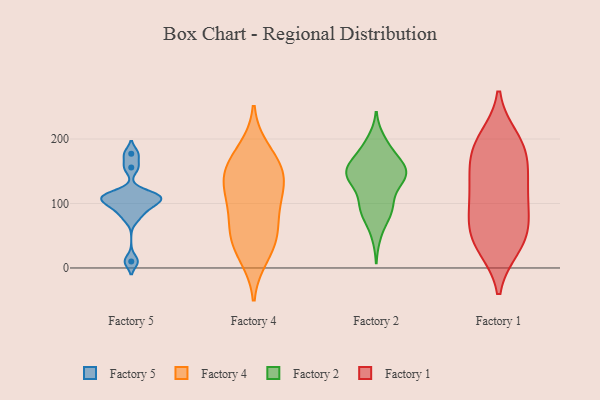
{"axis": {"x": "Population (Million)", "y": "Value"}, "legend": ["Factory 1", "Factory 2", "Factory 4", "Factory 5"], "data": [{"x": "", "y": 93, "type": "Factory 5"}, {"x": "", "y": 10, "type": "Factory 5"}, {"x": "", "y": 98, "type": "Factory 5"}, {"x": "", "y": 112, "type": "Factory 5"}, {"x": "", "y": 177, "type": "Factory 5"}, {"x": "", "y": 105, "type": "Factory 5"}, {"x": "", "y": 113, "type": "Factory 5"}, {"x": "", "y": 78, "type": "Factory 5"}, {"x": "", "y": 113, "type": "Factory 5"}, {"x": "", "y": 156, "type": "Factory 5"}, {"x": "", "y": 45, "type": "Factory 4"}, {"x": "", "y": 153, "type": "Factory 4"}, {"x": "", "y": 100, "type": "Factory 4"}, {"x": "", "y": 58, "type": "Factory 4"}, {"x": "", "y": 88, "type": "Factory 4"}, {"x": "", "y": 40, "type": "Factory 4"}, {"x": "", "y": 182, "type": "Factory 4"}, {"x": "", "y": 132, "type": "Factory 4"}, {"x": "", "y": 144, "type": "Factory 4"}, {"x": "", "y": 19, "type": "Factory 4"}, {"x": "", "y": 162, "type": "Factory 4"}, {"x": "", "y": 124, "type": "Factory 4"}, {"x": "", "y": 149, "type": "Factory 2"}, {"x": "", "y": 197, "type": "Factory 2"}, {"x": "", "y": 142, "type": "Factory 2"}, {"x": "", "y": 160, "type": "Factory 2"}, {"x": "", "y": 187, "type": "Factory 2"}, {"x": "", "y": 89, "type": "Factory 2"}, {"x": "", "y": 149, "type": "Factory 2"}, {"x": "", "y": 132, "type": "Factory 2"}, {"x": "", "y": 96, "type": "Factory 2"}, {"x": "", "y": 147, "type": "Factory 2"}, {"x": "", "y": 85, "type": "Factory 2"}, {"x": "", "y": 158, "type": "Factory 2"}, {"x": "", "y": 93, "type": "Factory 2"}, {"x": "", "y": 142, "type": "Factory 2"}, {"x": "", "y": 132, "type": "Factory 2"}, {"x": "", "y": 93, "type": "Factory 2"}, {"x": "", "y": 185, "type": "Factory 2"}, {"x": "", "y": 52, "type": "Factory 2"}, {"x": "", "y": 144, "type": "Factory 2"}, {"x": "", "y": 160, "type": "Factory 2"}, {"x": "", "y": 38, "type": "Factory 1"}, {"x": "", "y": 90, "type": "Factory 1"}, {"x": "", "y": 200, "type": "Factory 1"}, {"x": "", "y": 90, "type": "Factory 1"}, {"x": "", "y": 192, "type": "Factory 1"}, {"x": "", "y": 130, "type": "Factory 1"}, {"x": "", "y": 55, "type": "Factory 1"}, {"x": "", "y": 71, "type": "Factory 1"}, {"x": "", "y": 187, "type": "Factory 1"}, {"x": "", "y": 129, "type": "Factory 1"}, {"x": "", "y": 178, "type": "Factory 1"}, {"x": "", "y": 161, "type": "Factory 1"}, {"x": "", "y": 33, "type": "Factory 1"}, {"x": "", "y": 127, "type": "Factory 1"}, {"x": "", "y": 41, "type": "Factory 1"}]}